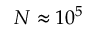
N \approx 1 0 ^ { 5 }